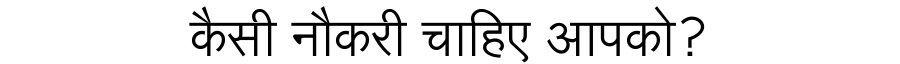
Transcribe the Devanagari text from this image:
कैसी नौकरी चाहिए आपको?